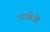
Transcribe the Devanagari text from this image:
पास्त्रेंगो